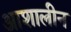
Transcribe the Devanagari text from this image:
आशालीन